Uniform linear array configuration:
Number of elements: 8
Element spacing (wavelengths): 0.75
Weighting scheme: cosine
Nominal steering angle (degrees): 0
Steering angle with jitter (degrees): -1.584
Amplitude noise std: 0.05
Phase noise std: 0.05

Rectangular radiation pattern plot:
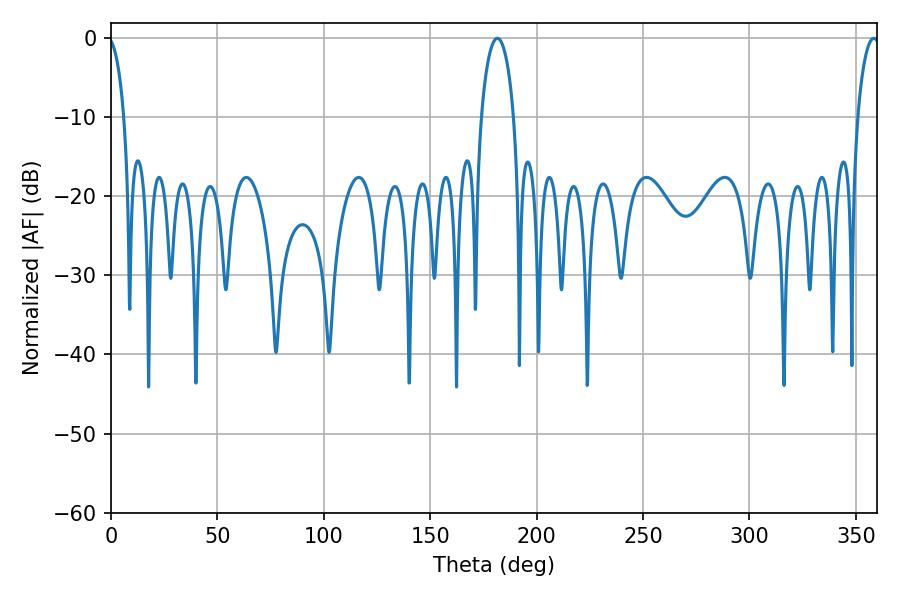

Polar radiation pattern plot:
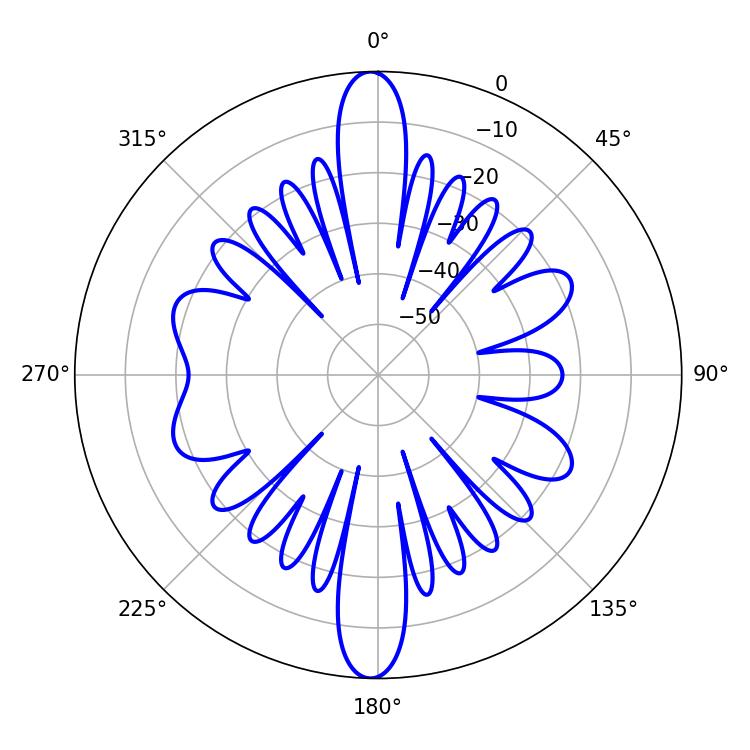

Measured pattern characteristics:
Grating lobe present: TRUE
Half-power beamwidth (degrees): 8.82
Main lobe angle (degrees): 181.62